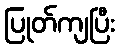
ပြုတ်ကျပြီး